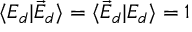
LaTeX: \langle { \cal E } _ { d } | { \cal \vec { E } } _ { d } \rangle = \langle { \cal \vec { E } } _ { d } | { \cal E } _ { d } \rangle = 1